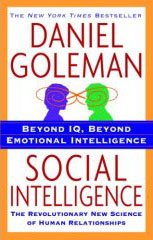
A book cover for Social Intelligence: The New Science of Human Relationships; Daniel Goleman; Self-Help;